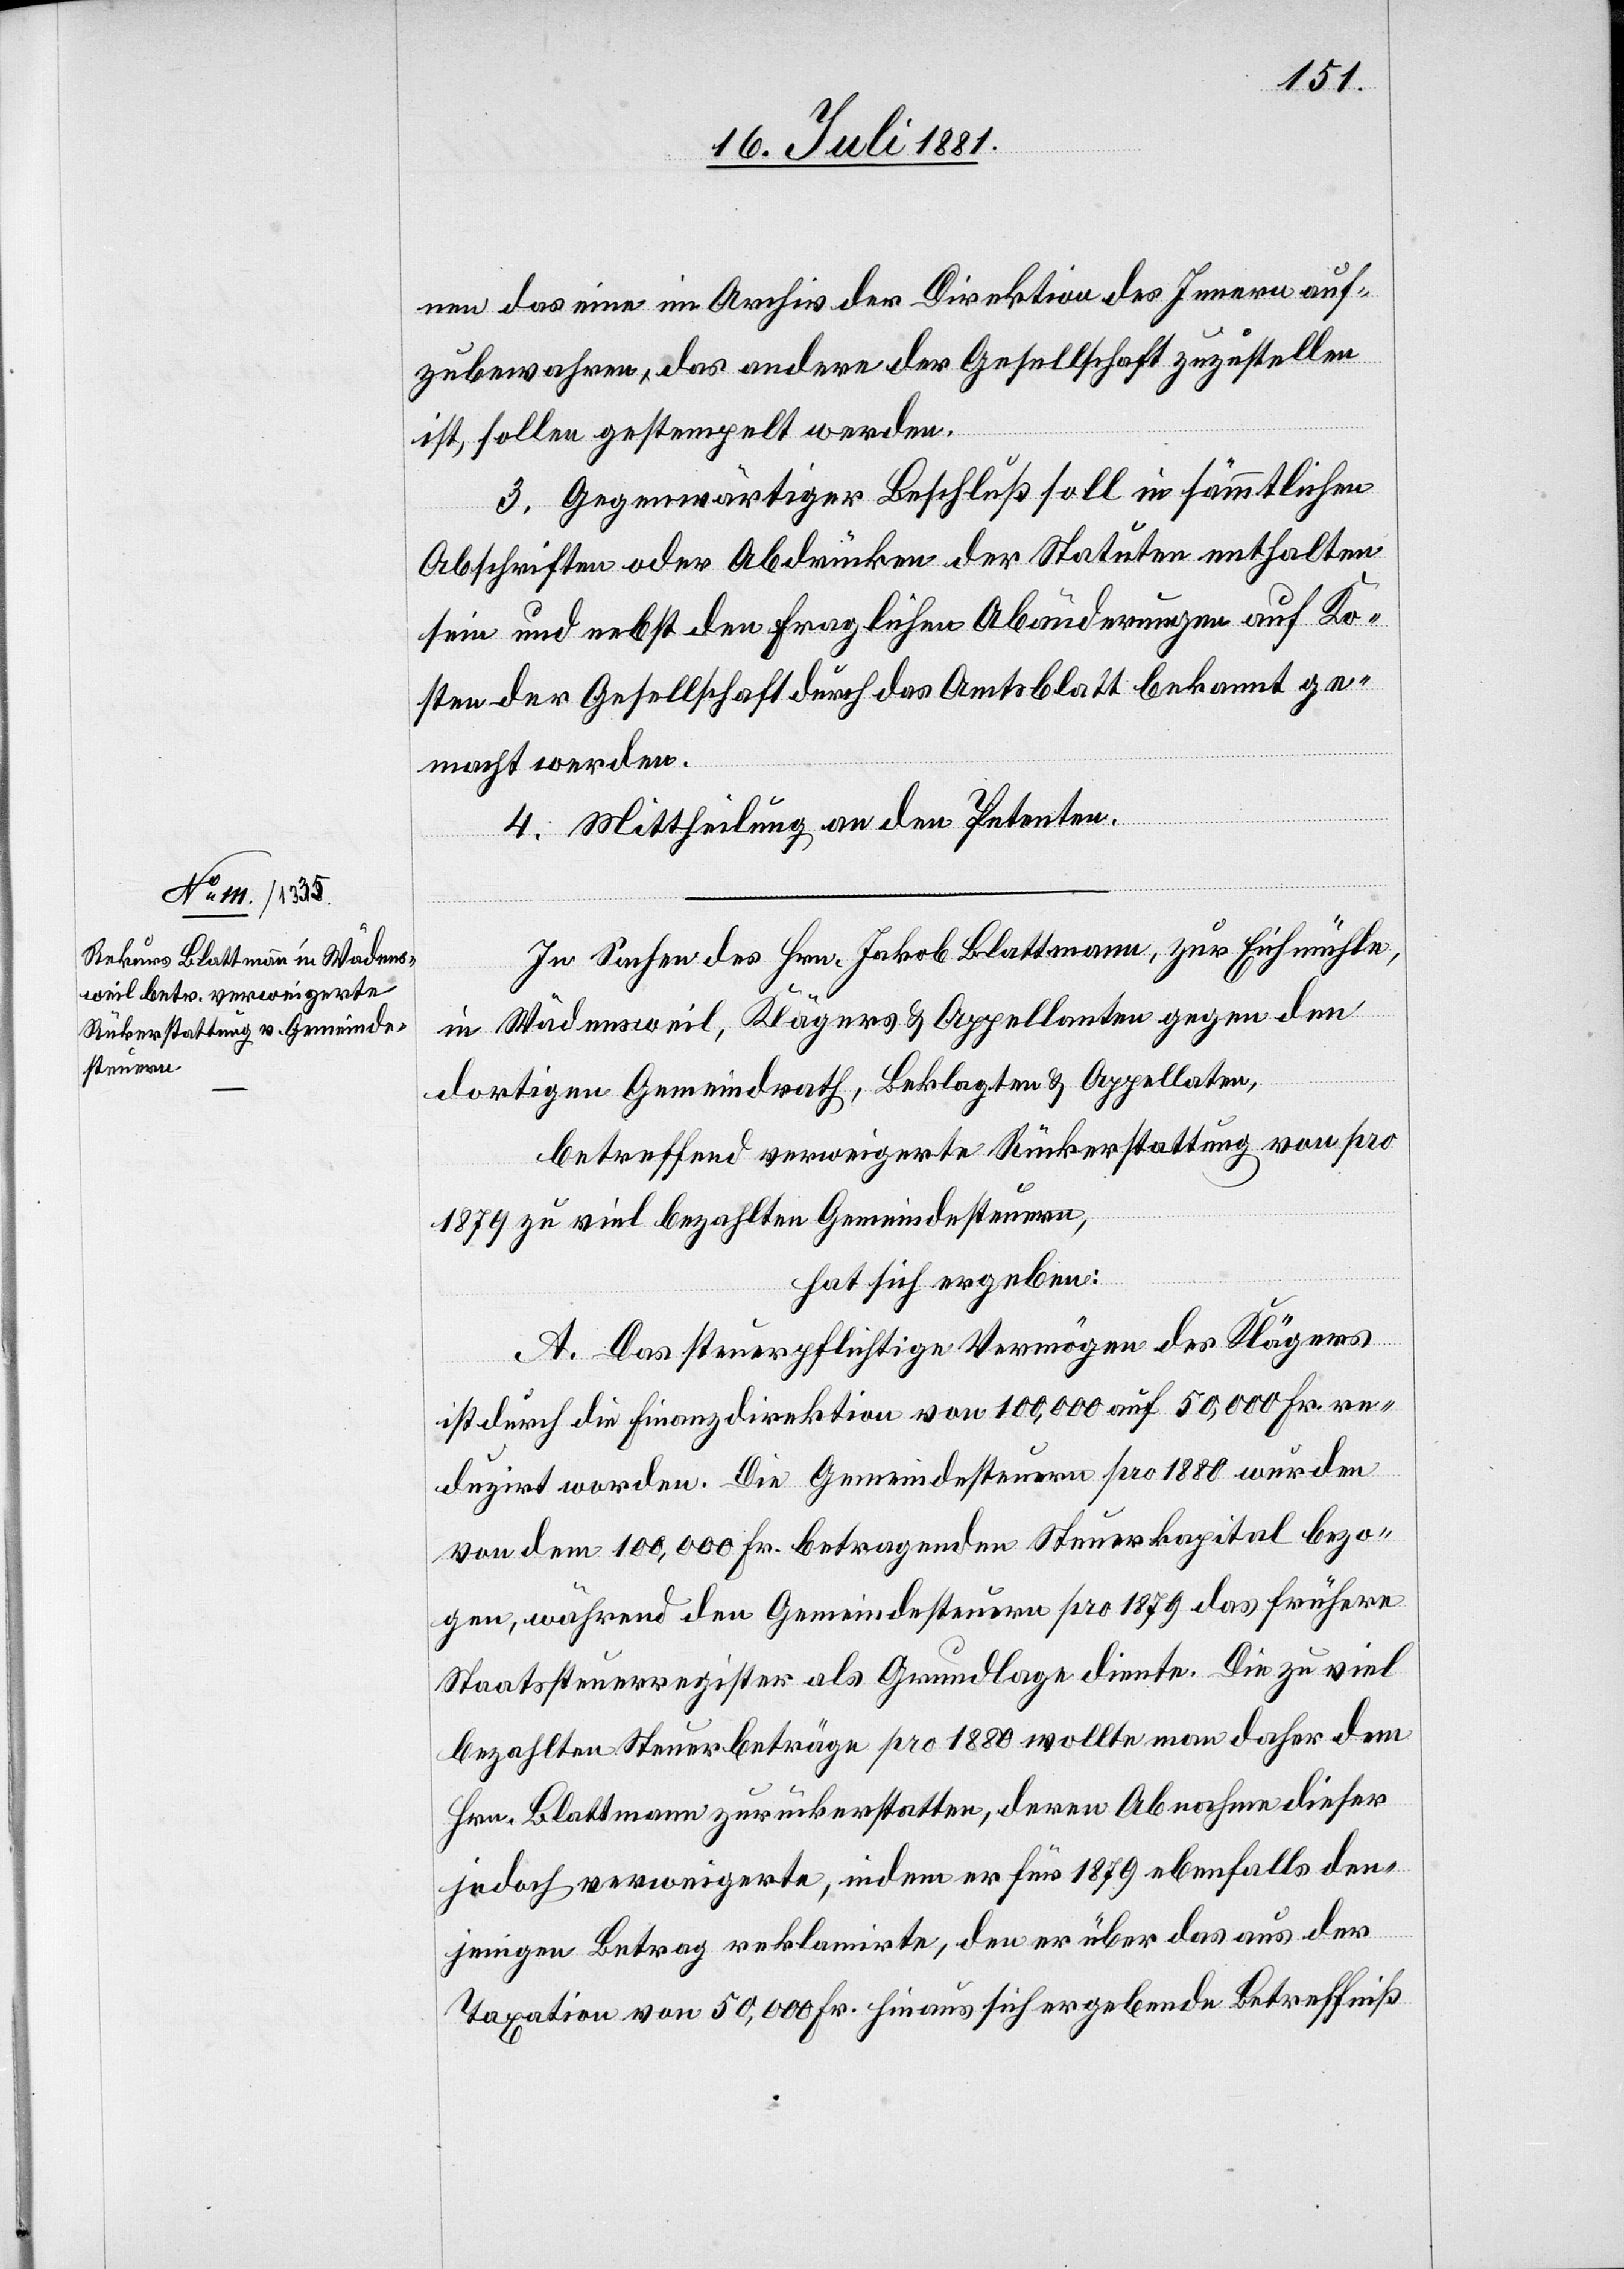
nen das eine im Archiv der Direktion des Innern auf¬
zubewahren, das andere der Gesellschaft zuzustellen
ist, sollen gestempelt werden.
3. Gegenwärtiger Beschluß soll in sämmtlichen
Abschriften oder Abdrücken der Statuten enthalten
sein und nebst den fraglichen Abänderungen auf Ko¬
sten der Gesellschaft durch das Amtsblatt bekannt ge¬
macht werden.
4. Mittheilung an den Petenten.
In Sachen des Hrn. Jakob Blattmann, zur Eichmühle,
in Wädensweil, Klägers & Appellanten gegen den
dortigen Gemeindrath, Beklagten & Appellaten,
betreffend verweigerte Rückerstattung von pro
1879 zu viel bezahlten Gemeindesteuern,
hat sich ergeben:
A. Das steuerpflichtige Vermögen des Klägers
ist durch die Finanzdirektion von 100,000 auf 50,000 Fr. re¬
duzirt worden. Die Gemeindesteuern pro 1880 wurden
von dem 100,000 Fr. betragenden Steuerkapital bezo¬
gen, während den Gemeindesteuern pro 1879 das frühere
Staatssteuerregister als Grundlage diente. Die zu viel
bezahlten Steuerbeträge pro 1880 wollte man daher dem
Hrn. Blattmann zurückerstatten, deren Abnahme dieser
jedoch verweigerte, indem er für 1879 ebenfalls den¬
jenigen Betrag reklamirte, den er über das aus der
Taxation vom 50,000 Fr. hinaus sich ergebende Betreffniß